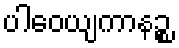
ပါဝေယျကာနဉ္စ